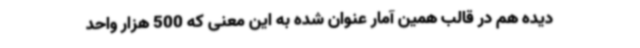
دیده هم در قالب همین آمار عنوان شده به این معنی که 500 هزار واحد